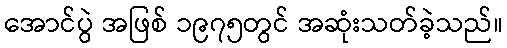
အောင်ပွဲ အဖြစ် ၁၉၇၅တွင် အဆုံးသတ်ခဲ့သည်။